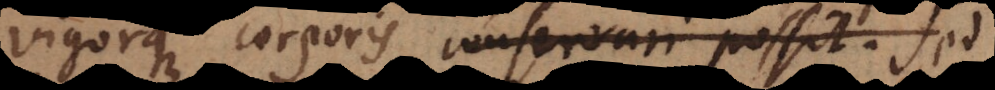
igorque corporis conservari possit. Sed